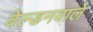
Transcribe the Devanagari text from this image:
वेल्डनवाले